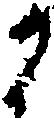
候